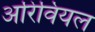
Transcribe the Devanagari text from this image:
अरिवियल